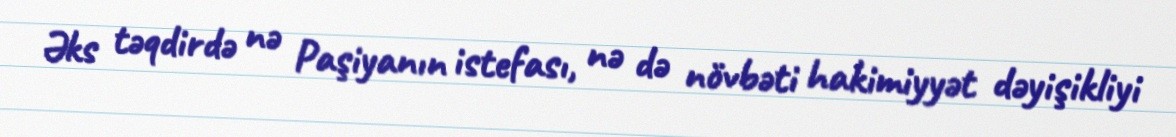
Əks təqdirdə nə Paşiyanın istefası, nə də növbəti hakimiyyət dəyişikliyi